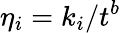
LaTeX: \eta_{i}=k_{i}/t^{b}